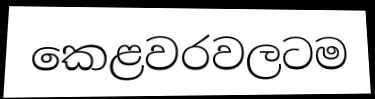
කෙළවරවලටම